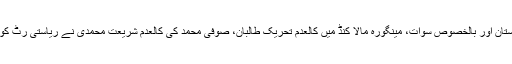
جنوبی و شمالی وزیرستان اور بالخصوص سوات، مینگورہ مالا کنڈ میں کالعدم تحریک طالبان، صوفی محمد کی کالعدم شریعتِ محمدی نے ریاستی رٹ کو تقریباً ختم کر دیا تھا۔